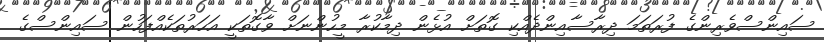
ސައިންސްވެރިންގެ ފުރަތަމަ ދިރާސާއިންދެއްކި ގޮތަށް އުޅެން ދިމާކުރާ މީހުންނަށް ވާގޮތަކީ އަހަރުތަކެއްފަހުން ސައިންސްގެ